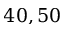
4 0 , 5 0